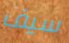
سيف